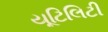
યૂટિલિટી